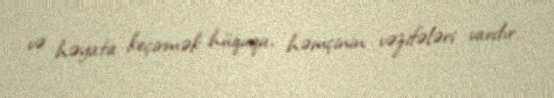
və həyata keçirmək hüququ, həmçinin vəzifələri vardır.